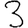
Digit: 3